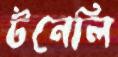
টনেলি